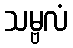
သမ္ဗလံ